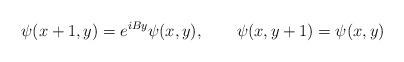
LaTeX: \begin{align*}\psi(x+1,y) = e^{iBy} \psi(x,y),\qquad\psi(x,y+1) = \psi(x,y)\end{align*}